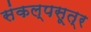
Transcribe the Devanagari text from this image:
संकल्पसूत्र